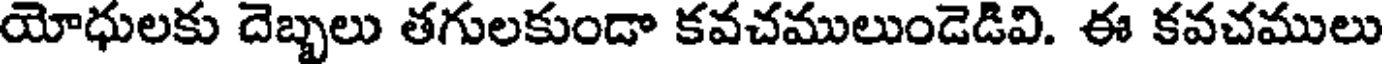
యోధులకు దెబ్బలు తగులకుండా కవచములుండెడివి. ఈ కవచములు